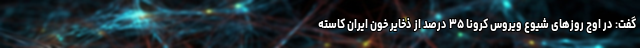
گفت: در اوج روزهای شیوع ویروس کرونا ۳۵ درصد از ذخایر خون ایران کاسته